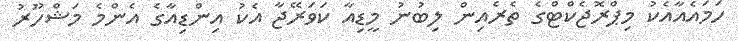
ހަމައެއާއެކު މިޕްރޮޖެކްޓްގެ ތެރެއިން ލިބުނު މީޑިއާ ކަވަރޭޖާ އެކު އިންޑިއާގެ އެންމެ މަޝްހޫރު